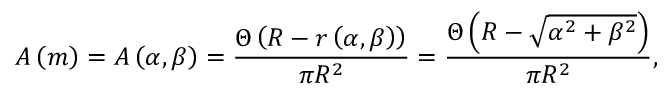
A \left( m \right) = A \left( \alpha , \beta \right) = \frac { \Theta \left( R - r \left( \alpha , \beta \right) \right) } { \pi R ^ { 2 } } = \frac { \Theta \left( R - \sqrt { \alpha ^ { 2 } + \beta ^ { 2 } } \right) } { \pi R ^ { 2 } } ,